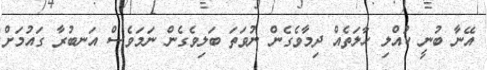
އޭނާ ބުނީ ކުއްލި ހާލަތެއް ދިމާވެގެން ނުވަތަ ބަލިވެގެން ނަމަވެސް އަނބުރާ ގައުމަށް